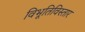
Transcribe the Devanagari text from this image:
विभूतिविस्तार